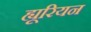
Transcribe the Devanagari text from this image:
ह्यूरियन